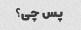
پس چی؟